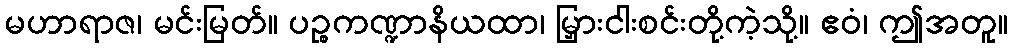
မဟာရာဇ၊ မင်းမြတ်။ ပဉ္စကဏ္ဍာနိယထာ၊ မြှားငါးစင်းတို့ကဲ့သို့။ ဧဝံ၊ ဤအတူ။